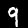
Label: 9